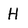
Character: H